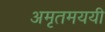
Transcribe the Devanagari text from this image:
अमृतमययी